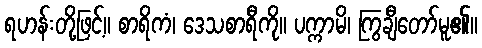
ရဟန်းတို့ဖြင့်။ စာရိကံ၊ ဒေသစာရီကို။ ပက္ကာမိ၊ ကြွချီတော်မူ၏။